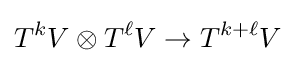
T^{k}V\otimes T^{\ell }V\to T^{k+\ell }V